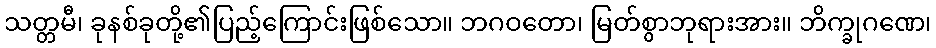
သတ္တမီ၊ ခုနစ်ခုတို့၏ပြည့်ကြောင်းဖြစ်သော။ ဘဂဝတော၊ မြတ်စွာဘုရားအား။ ဘိက္ခုဂဏေ၊